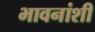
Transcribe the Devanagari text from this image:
भावनांशी